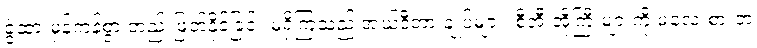
ခွဲထားမှန်ကန်စွာ တည်းဖြတ်နိုင်ခြင်း မရှိကြသည့် အယ်ဒီတာ ချုပ်များ၊ စီအီးအိုကြီးများကို မလေးစားဘဲ